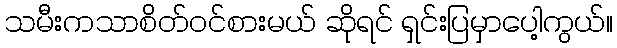
သမီးကသာစိတ်ဝင်စားမယ် ဆိုရင် ရှင်းပြမှာပေါ့ကွယ်။